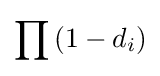
\prod \left(1-d_{i}\right)